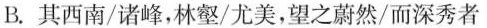
B.其西南/诸峰，林壑/尤美，望之蔚然/而深秀者